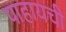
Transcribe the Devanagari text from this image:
पाहायची